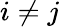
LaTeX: i\not=j